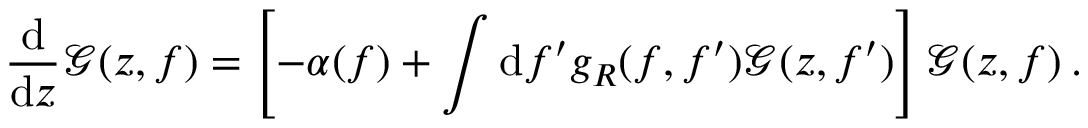
\frac { \mathrm { d } } { \mathrm { d } z } \mathcal { G } ( z , f ) = \left[ - \alpha ( f ) + \int \mathrm { d } f ^ { \prime } g _ { R } ( f , f ^ { \prime } ) \mathcal { G } ( z , f ^ { \prime } ) \right] \mathcal { G } ( z , f ) \: .